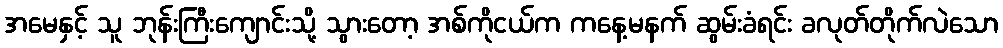
အမေနှင့် သူ ဘုန်းကြီးကျောင်းသို့ သွားတော့ အစ်ကိုငယ်က ကနေ့မနက် ဆွမ်းခံရင်း ခလုတ်တိုက်လဲသော